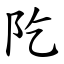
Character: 阣